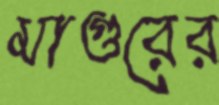
মাগুরের